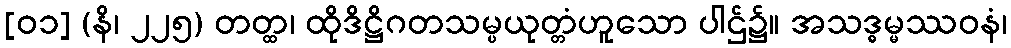
[၀၁] (နိ၊ ၂၂၅) တတ္ထ၊ ထိုဒိဋ္ဌိဂတသမ္ပယုတ္တံဟူသော ပါဌ်၌။ အသဒ္ဓမ္မဿဝနံ၊